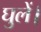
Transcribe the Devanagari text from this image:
घुलें।